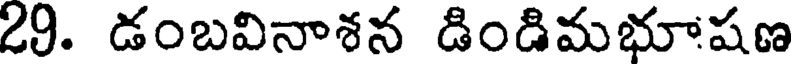
29. డంబవినాశన డిండిమభూషణ